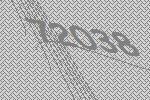
72038